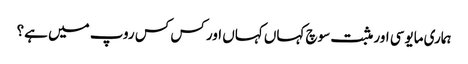
ہماری مایوسی اور مثبت سوچ کہاں کہاں اور کس کس روپ میں ہے؟